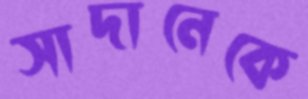
সাদানেকে